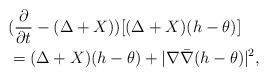
\begin{align*}&(\frac{\partial}{\partial t}-(\Delta+X))[(\Delta+X)(h-\theta)]\\&=(\Delta+X)(h-\theta)+|\nabla \bar{\nabla}(h-\theta)|^2, \end{align*}